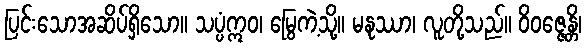
ပြင်းသောအဆိပ်ရှိသော။ သပ္ပံဣဝ၊ မြွေကဲ့သို့။ မနုဿာ၊ လူတို့သည်။ ဝိဝဇ္ဇေန္တိ၊